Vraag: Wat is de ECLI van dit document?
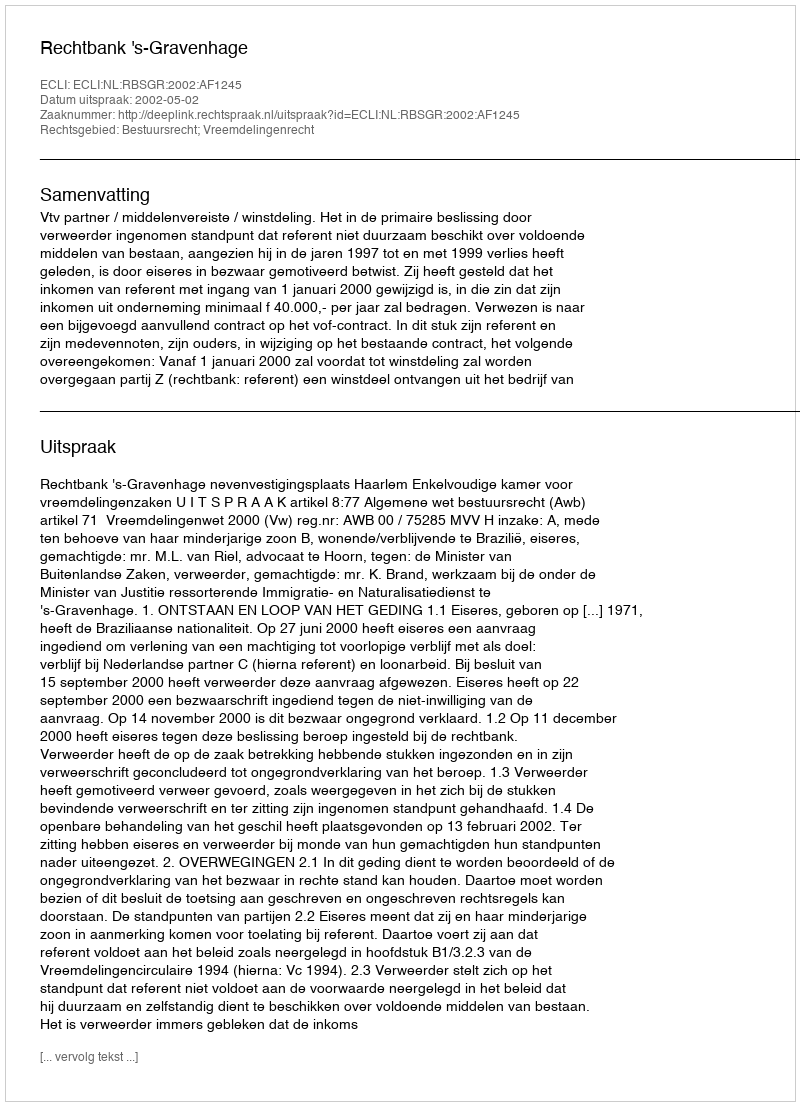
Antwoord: ECLI:NL:RBSGR:2002:AF1245